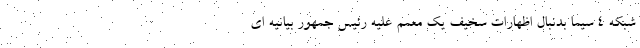
شبکه ۴ سیما بدنبال اظهارات سخیف یک معمم علیه رئیس جمهور بیانیه ای